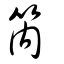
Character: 笍